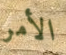
الأمر